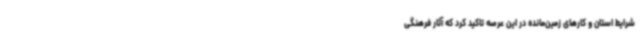
شرایط استان و کارهای زمین‌مانده در این عرصه تاکید کرد که آثار فرهنگی